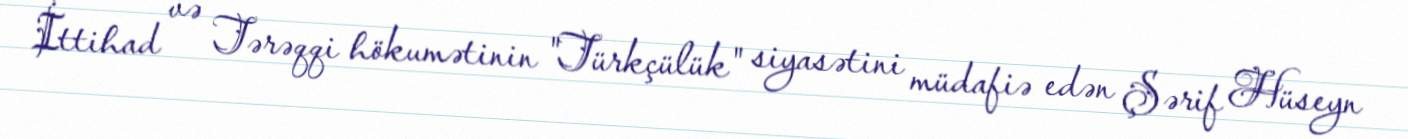
İttihad və Tərəqqi hökumətinin "Türkçülük" siyasətini müdafiə edən Şərif Hüseyn